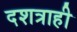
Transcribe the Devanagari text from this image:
दशत्राही